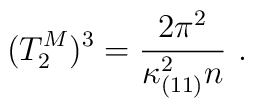
(T_2^M)^3 = {2\pi^2    \over  \kappa_{(11)}^2 n }\ .